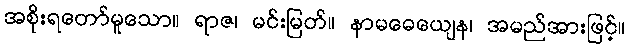
အစိုးရတော်မူသော။ ရာဇ၊ မင်းမြတ်။ နာမဓေယျေန၊ အမည်အားဖြင့်။